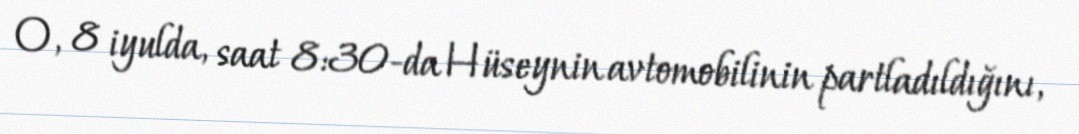
O, 8 iyulda, saat 8:30-da Hüseynin avtomobilinin partladıldığını,